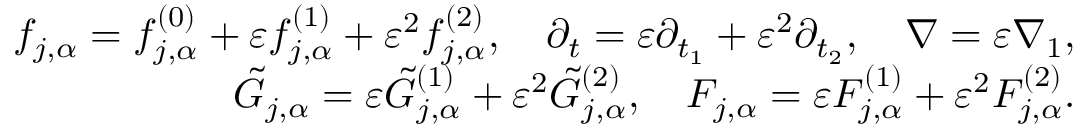
\begin{array} { r } { f _ { j , \alpha } = f _ { j , \alpha } ^ { ( 0 ) } + \varepsilon f _ { j , \alpha } ^ { ( 1 ) } + \varepsilon ^ { 2 } f _ { j , \alpha } ^ { ( 2 ) } , \quad \partial _ { t } = \varepsilon \partial _ { t _ { 1 } } + \varepsilon ^ { 2 } \partial _ { t _ { 2 } } , \quad \nabla = \varepsilon \nabla _ { 1 } , } \\ { \tilde { G } _ { j , \alpha } = \varepsilon \tilde { G } _ { j , \alpha } ^ { ( 1 ) } + \varepsilon ^ { 2 } \tilde { G } _ { j , \alpha } ^ { ( 2 ) } , \quad F _ { j , \alpha } = \varepsilon F _ { j , \alpha } ^ { ( 1 ) } + \varepsilon ^ { 2 } F _ { j , \alpha } ^ { ( 2 ) } . } \end{array}